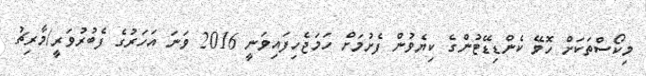
މިކޯސްތަކަށް ހޮވޭ ކެންޑިޑޭޓުންގެ ކިޔެވުން ފެށުމަށް ހަމަޖެހިފައިވަނީ 2016 ވަނަ އަހަރުގެ ފެބުރުވަރީ/މާރިޗު